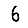
Digit: 6